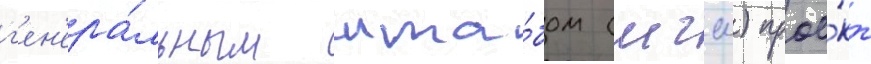
г'ен'ера́льным шта́бом (мгш) прое́кт